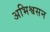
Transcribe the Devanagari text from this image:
अभिश्वसन